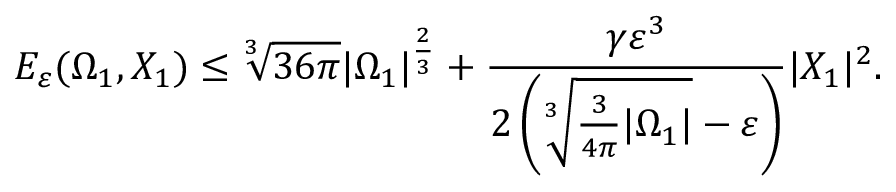
E _ { \varepsilon } ( \Omega _ { 1 } , X _ { 1 } ) \leq \sqrt [ 3 ] { 3 6 \pi } | \Omega _ { 1 } | ^ { \frac { 2 } { 3 } } + \frac { \gamma \varepsilon ^ { 3 } } { 2 \left( \sqrt [ 3 ] { \frac { 3 } { 4 \pi } | \Omega _ { 1 } | } - \varepsilon \right) } | X _ { 1 } | ^ { 2 } .